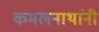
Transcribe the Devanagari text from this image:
कमलनाथांनी